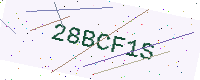
Text: 28BCF1S